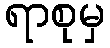
ရာစုမှ